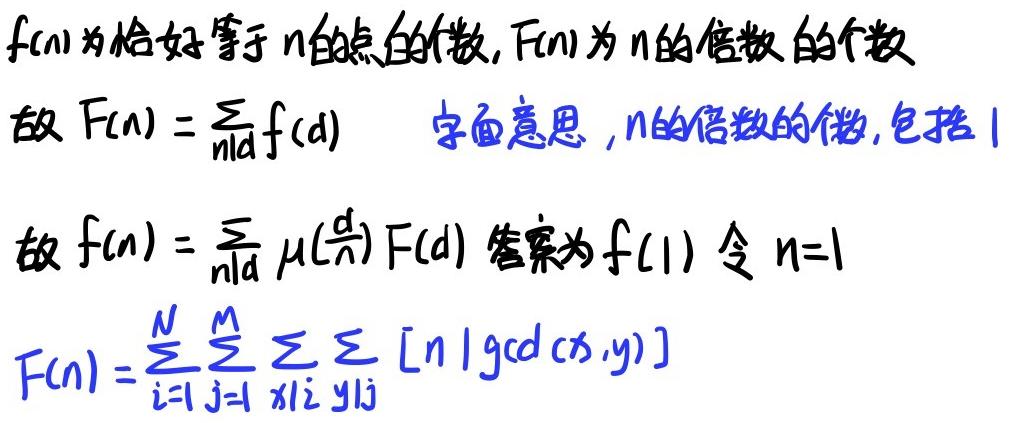
$f(n)$为恰好等于$n$的点的个数,$F(n)$为$n$的倍数的个数
故$F(n)=\sum_{n|d} f(d)$  字面意思，$n$的倍数的数,包括$1$
故$f(n)=\sum_{n|d} \mu(\frac{d}{n}) F(d)$ 答案为$f(1)$ 令$n = 1$
$F(n)=\sum_{i = 1}^{N}\sum_{j = 1}^{M}\sum_{x|i}\sum_{y|j} [n | \gcd(x,y)]$